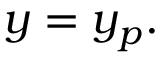
y = y _ { p } .